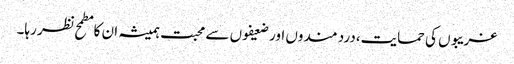
غریبوں کی حمایت،درد مندوں اور ضعیفوں سے محبت ہمیشہ ان کا مطمح نظر رہا۔